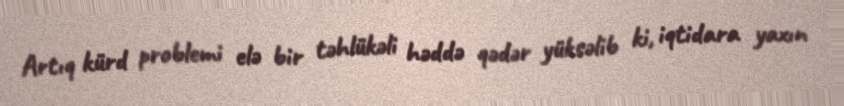
Artıq kürd problemi elə bir təhlükəli həddə qədər yüksəlib ki, iqtidara yaxın